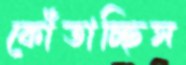
কোঁতাচ্ছিস